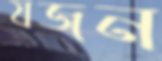
যজন